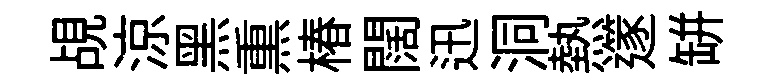
覘涼黑𤋱椿闊迅洞熱𨗹缾